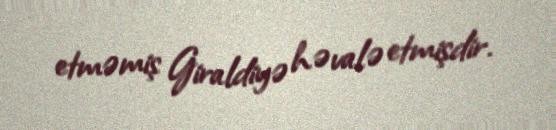
etməmiş Giraldiyə həvalə etmişdir.